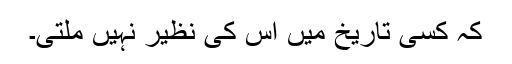
کہ کسی تاریخ میں اس کی نظیر نہیں ملتی۔